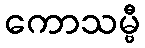
ကောသမ္ဗီ